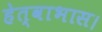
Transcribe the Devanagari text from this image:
हेत्वाभास।